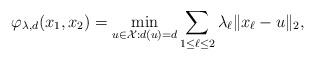
LaTeX: \begin{align*}\varphi_{\lambda, d} (x_1, x_2) = \min_{u \in \mathcal{X} : d(u) = d} \sum_{1\leq \ell \leq 2} \lambda_\ell \| x_\ell - u \|_2,\end{align*}